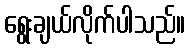
ရွေးချယ်လိုက်ပါသည်။